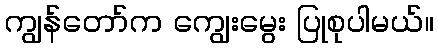
ကျွန်တော်က ကျွေးမွေး ပြုစုပါမယ်။